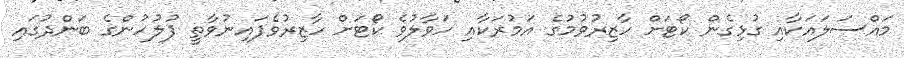
މައްސަލައަކާއި ގުޅިގެން ކޯޓަށް ހާޒިރުވުމުގެ އަމުރަކާއި ހަވާލުވެ ކޯޓަށް ހާޒިރުވެފައިނުވާތީ ފުލުހުންގެ ބަންދުގައި